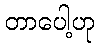
တာပေါ့ဟု